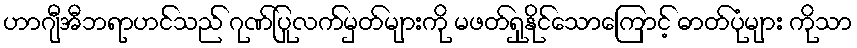
ဟာဂျီအီဘရာဟင်သည် ဂုဏ်ပြုလက်မှတ်များကို မဖတ်ရှုနိုင်သောကြောင့် ဓာတ်ပုံများ ကိုသာ